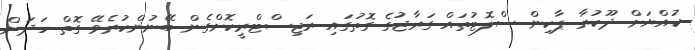
ކުއްޔަށް ދޫކުރާ ޕާކިން ސްލޮޓުތައް ގަރާޖުގެ ގޮތުގައި ރަޖިސްޓްރީކޮށްގެން ބޭނުންކުރެވޭ ގޮތް ހަދަން